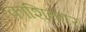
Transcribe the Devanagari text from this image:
काशिकार